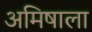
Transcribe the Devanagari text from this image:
अमिषाला